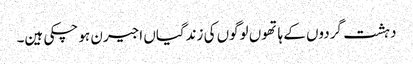
دہشت گردوں کے ہاتھوں لوگوں کی زندگیاں اجیرن ہو چکی ہین۔